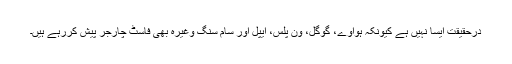
درحقیقت ایسا نہیں ہے کیونکہ ہواوے، گوگل، ون پلس، ایپل اور سام سنگ وغیرہ بھی فاسٹ چارجر پیش کررہے ہیں۔